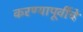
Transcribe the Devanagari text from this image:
करण्यापूर्वीचे